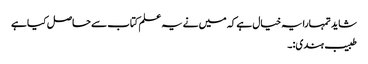
شاید تمہارا یہ خیال ہے کہ میں نے یہ علم کتاب سے حاصل کیا ہے
طبیب ہندی:۔